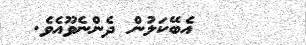
އެބޭކަލުން ދެންނެވޫއެވެ.